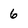
Character: 6